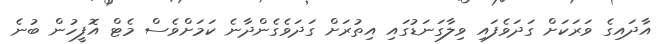
އާދައިގެ ވަރަކަށް ގަދަވެފައި ވިލާގަނަަޑުގައި އިތުރަށް ގަދަވެގެންދާނެ ކަމަށްވެސް މެޓް އޮފީހުން ބުނެ